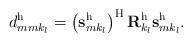
LaTeX: \begin{align*}d^{\mathrm{h}}_{mmk_l} = \left(\mathbf{s}^{\mathrm{h}}_{mk_l}\right)^\mathrm{H} \mathbf{R}_{k_l}^\mathrm{h} \mathbf{s}^{\mathrm{h}}_{mk_l}.\end{align*}